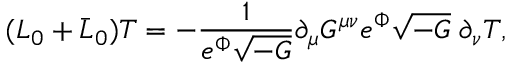
( L _ { 0 } + \bar { L } _ { 0 } ) T = - \frac { 1 } { e ^ { \Phi } \sqrt { - G } } \partial _ { \mu } G ^ { \mu \nu } e ^ { \Phi } \sqrt { - G } \; \partial _ { \nu } T ,